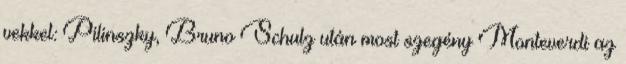
vekkel: Pilinszky, Bruno Schulz után most szegény Monteverdi az